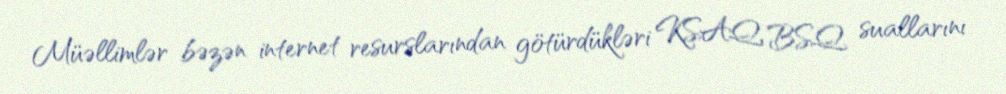
Müəllimlər bəzən internet resurslarından götürdükləri KSAQ, BSQ suallarını